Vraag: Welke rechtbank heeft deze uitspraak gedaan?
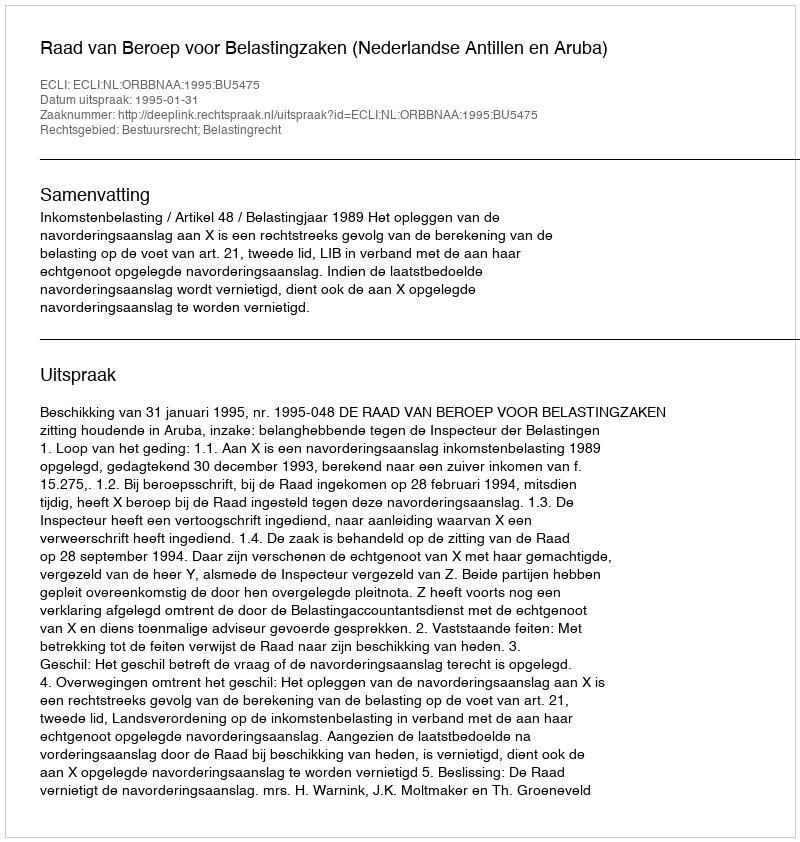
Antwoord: Raad van Beroep voor Belastingzaken (Nederlandse Antillen en Aruba)